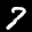
Label: 7